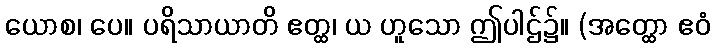
ယောစ၊ ပေ။ ပရိသာယာတိ ဧတ္ထ၊ ယ ဟူသော ဤပါဌ်၌။ (အတ္ထော ဧဝံ